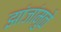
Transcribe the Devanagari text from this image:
झांजांमुळे